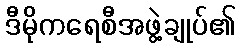
ဒီမိုကရေစီအဖွဲ့ချုပ်၏